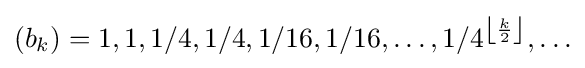
{\textstyle (b_{k})=1,1,1/4,1/4,1/16,1/16,\ldots ,1/4^{\left\lfloor {\frac {k}{2}}\right\rfloor },\ldots }